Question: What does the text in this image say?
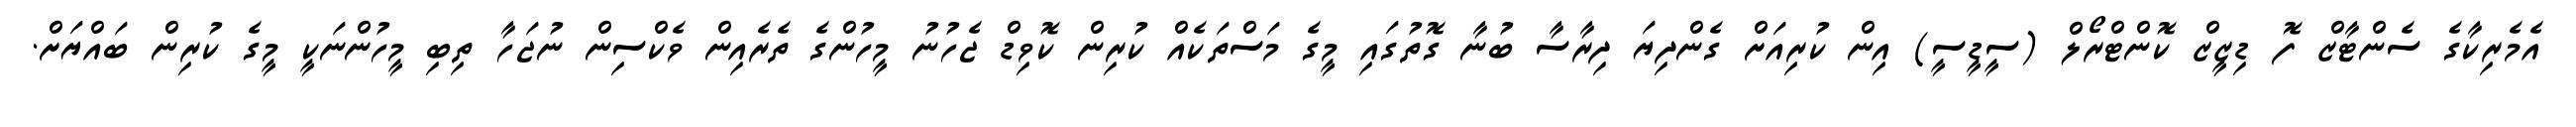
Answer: އެމެރިކާގެ ސެންޓާޒް ފޮ ޑިޒީޒް ކޮންޓްރޯލް (ސީޑީސީ) އިން ކުރިއަށް ގެންދިޔަ ދިރާސާ ބުނާ ގޮތުގައި މީގެ މަސްތަކެއް ކުރިން ކޮވިޑް ޖެހުނު މީހުންގެ ތެރެއިން ވެކްސިން ނުޖަހާ ތިބި މީހުންނަކީ މީގެ ކުރިން ބައްޔަށް.